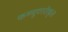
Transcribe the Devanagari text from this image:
कम्प्यूटररीकृत